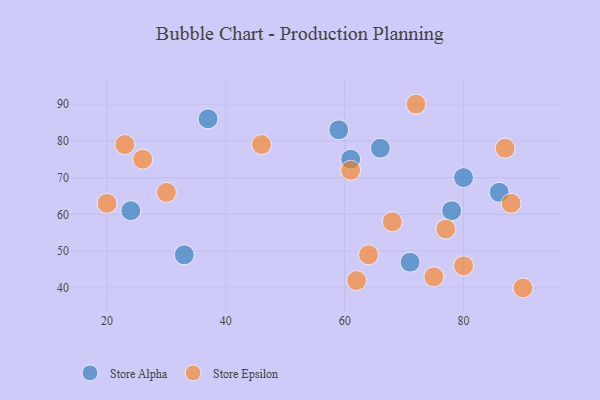
{"axis": {"x": "GDP", "y": "Life Expectancy"}, "legend": ["Store Alpha", "Store Epsilon"], "data": [{"x": "80", "y": 70, "type": "Store Alpha"}, {"x": "61", "y": 75, "type": "Store Alpha"}, {"x": "78", "y": 61, "type": "Store Alpha"}, {"x": "59", "y": 83, "type": "Store Alpha"}, {"x": "37", "y": 86, "type": "Store Alpha"}, {"x": "24", "y": 61, "type": "Store Alpha"}, {"x": "71", "y": 47, "type": "Store Alpha"}, {"x": "33", "y": 49, "type": "Store Alpha"}, {"x": "86", "y": 66, "type": "Store Alpha"}, {"x": "66", "y": 78, "type": "Store Alpha"}, {"x": "26", "y": 75, "type": "Store Epsilon"}, {"x": "61", "y": 72, "type": "Store Epsilon"}, {"x": "90", "y": 40, "type": "Store Epsilon"}, {"x": "20", "y": 63, "type": "Store Epsilon"}, {"x": "62", "y": 42, "type": "Store Epsilon"}, {"x": "80", "y": 46, "type": "Store Epsilon"}, {"x": "77", "y": 56, "type": "Store Epsilon"}, {"x": "23", "y": 79, "type": "Store Epsilon"}, {"x": "46", "y": 79, "type": "Store Epsilon"}, {"x": "87", "y": 78, "type": "Store Epsilon"}, {"x": "88", "y": 63, "type": "Store Epsilon"}, {"x": "64", "y": 49, "type": "Store Epsilon"}, {"x": "75", "y": 43, "type": "Store Epsilon"}, {"x": "68", "y": 58, "type": "Store Epsilon"}, {"x": "72", "y": 90, "type": "Store Epsilon"}, {"x": "30", "y": 66, "type": "Store Epsilon"}]}